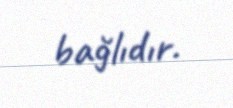
bağlıdır.